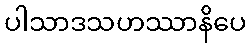
ပါသာဒသဟဿာနိပေ